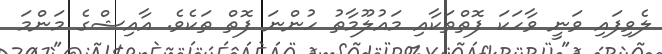
ލެވިފައި ވަނީ ވާހަކަ ފޮތްތަކާއި މައުލޫމާތު ހުންނަ ފޮތް ތަކެވެ. އާއިޝްގެ މަންމަ